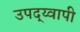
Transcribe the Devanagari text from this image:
उपद्य्वापी